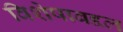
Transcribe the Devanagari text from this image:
विशेषाबद्दल